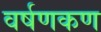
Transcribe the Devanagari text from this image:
वर्षणकण